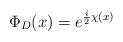
LaTeX: \begin{align*}\Phi_D (x) = e^{{i\over 2}\chi(x)}\end{align*}